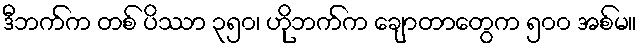
ဒီဘက်က တစ် ပိဿာ ၃၅၀၊ ဟိုဘက်က ချောတာတွေက ၅၀၀ အစ်မ။